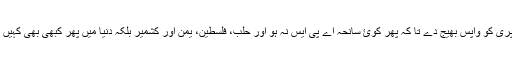
اور اے جنت کہ باسیوں اگر ہو سکے تو رَب سے کہنا کہ ہماری رُوٹھی ہوئ امن کی پری کو واپس بھیج دے تا کہ پھر کوئ سانحہ اے پی ایس نہ ہو اور حلب، فلسطین، یمن اور کشمیر بلکہ دنیا میں پھر کبھی بھی کہیں بھی کوئ بچہ اپنی ماؤں کی گود میں خاک وخون اور موت کی ردا اوڑھ کر نہ پہنچے۔